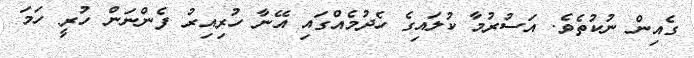
ގެއިން ނުކުތެވެ. އަސުރުމާ ކުލައިގެ ހެދުމެއްގައި އޭނާ ހުރިއިރު ފެންނަން ހުރީ ހަމަ